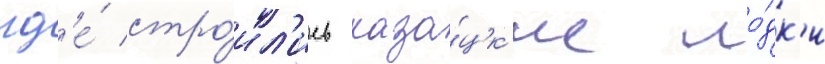
гд'е́ стро́ил'ись каза́цк'ие ло́дк'и